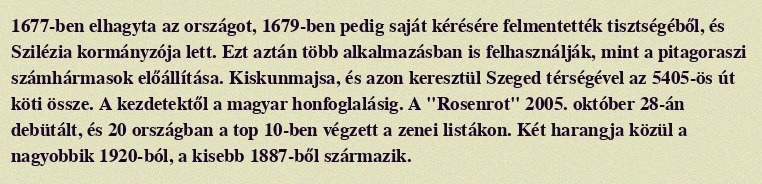
1677-ben elhagyta az országot, 1679-ben pedig saját kérésére felmentették tisztségéből, és Szilézia kormányzója lett. Ezt aztán több alkalmazásban is felhasználják, mint a pitagoraszi számhármasok előállítása. Kiskunmajsa, és azon keresztül Szeged térségével az 5405-ös út köti össze. A kezdetektől a magyar honfoglalásig. A "Rosenrot" 2005. október 28-án debütált, és 20 országban a top 10-ben végzett a zenei listákon. Két harangja közül a nagyobbik 1920-ból, a kisebb 1887-ből származik.